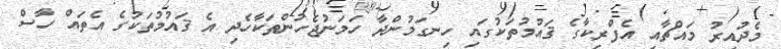
މެދުއިރު މައްޗާއި އެފްރިކާގެ ޤައުމުތަކުގައި ހިނގަމުންދާ ހަމަނުޖެހުންތަކާހެދި އެ ޤައުމުތަކުގެ އެތައް ހާސް